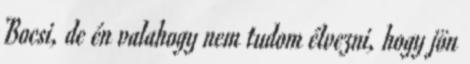
Bocsi, de én valahogy nem tudom élvezni, hogy jön